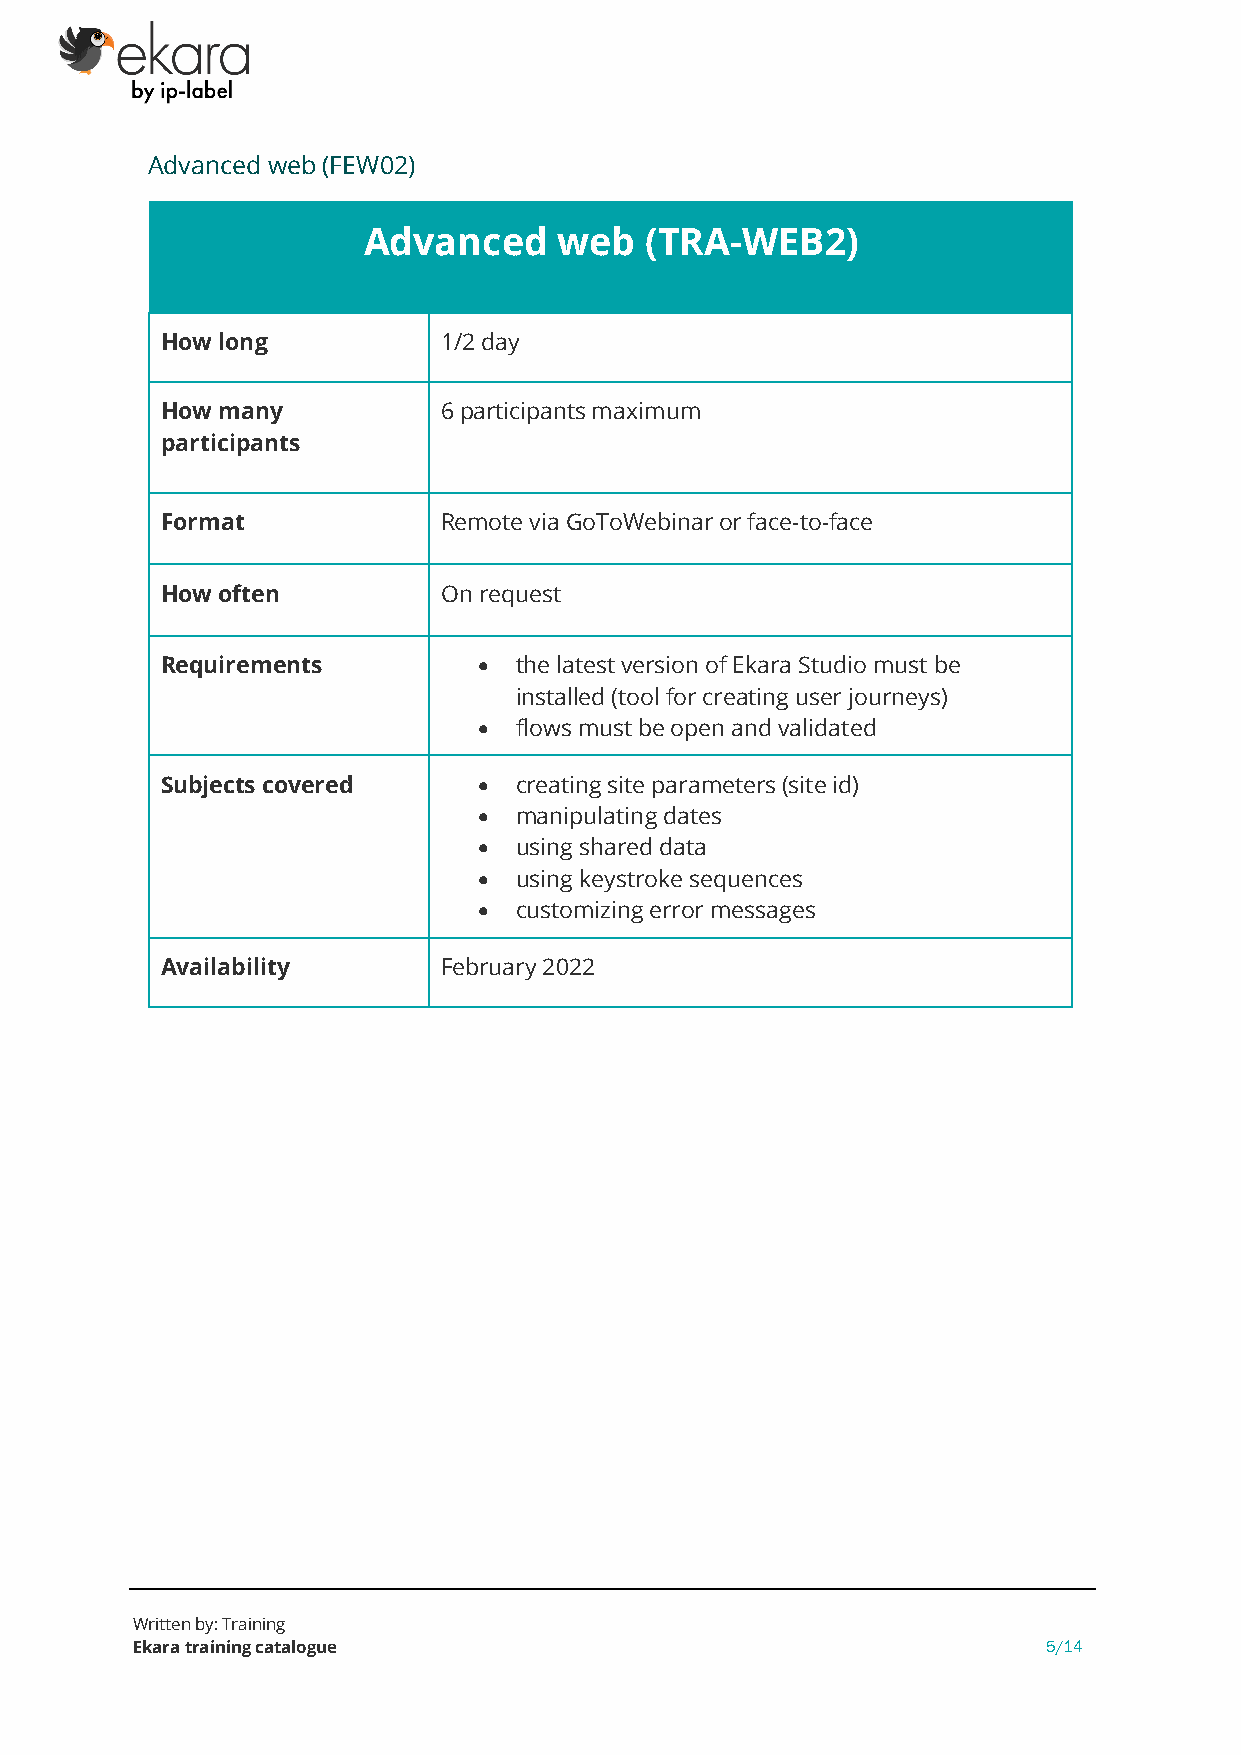
Advanced web (FEW02)
 Advanced     web   (TRA-WEB2)
 How long          1/2 day
 How many          6 participants maximum
 participants
 Format            Remote via GoToWebinar or face-to-face
 How often         On request
 Requirements         • the latest version of Ekara Studio must be
 installed (tool for creating user journeys)
 • flows must be open and validated
 Subjects covered     • creating site parameters (site id)
 • manipulating dates
 • using shared data
 • using keystroke sequences
 • customizing error messages
 Availability      February 2022
 Written by: Training
 Ekara training catalogue                                    5/14